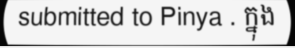
submitted to Pinya . ក្នុង